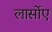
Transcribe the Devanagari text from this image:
लार्सोए